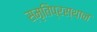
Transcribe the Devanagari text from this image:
स्मृतिप्रस्थान